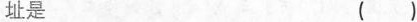
址是 ()